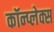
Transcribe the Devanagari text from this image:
कॉन्प्लेक्स